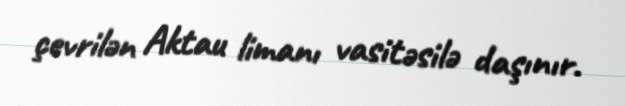
çevrilən Aktau limanı vasitəsilə daşınır.